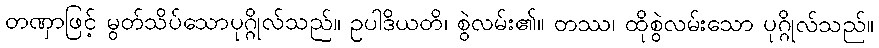
တဏှာဖြင့် မွတ်သိပ်သောပုဂ္ဂိုလ်သည်။ ဥပါဒိယတိ၊ စွဲလမ်း၏။ တဿ၊ ထိုစွဲလမ်းသော ပုဂ္ဂိုလ်သည်။